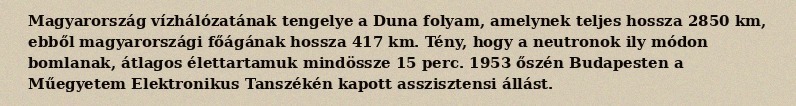
Magyarország vízhálózatának tengelye a Duna folyam, amelynek teljes hossza 2850 km, ebből magyarországi főágának hossza 417 km. Tény, hogy a neutronok ily módon bomlanak, átlagos élettartamuk mindössze 15 perc. 1953 őszén Budapesten a Műegyetem Elektronikus Tanszékén kapott asszisztensi állást.